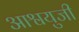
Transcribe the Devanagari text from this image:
आश्वयुजी